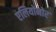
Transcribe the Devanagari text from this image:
एलियोनोर